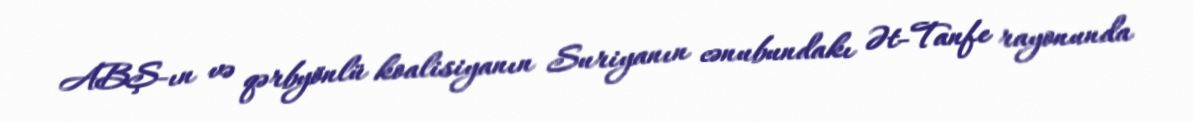
ABŞ-ın və qərbyönlü koalisiyanın Suriyanın cənubundakı Ət-Tanfe rayonunda